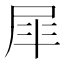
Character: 𭕝